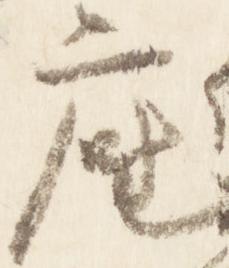
座